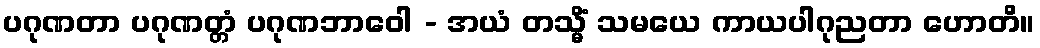
ပဂုဏတာ ပဂုဏတ္တံ ပဂုဏဘာဝေါ - အယံ တသ္မိံ သမယေ ကာယပါဂုညတာ ဟောတိ။